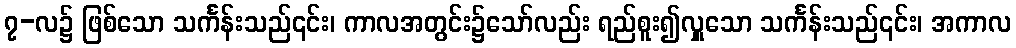
၇-လ၌ ဖြစ်သော သင်္ကန်းသည်၎င်း၊ ကာလအတွင်း၌သော်လည်း ရည်စူး၍လှူသော သင်္ကန်းသည်၎င်း၊ အကာလ